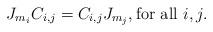
LaTeX: \begin{align*}J_{m_i}C_{i,j}= C_{i,j}J_{m_j},\textrm{for all } i,j.\end{align*}